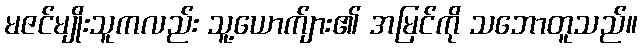
မဇင်မျိုးသူကလည်း သူ့ယောက်ျား၏ အမြင်ကို သဘောတူသည်။